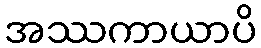
အဿကာယာပိ